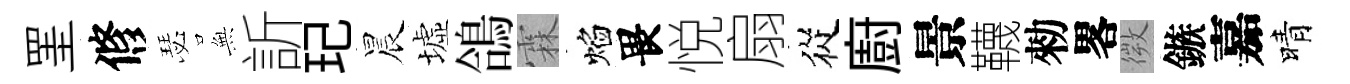
罣修瑟𭴾訢玘晨墟鴿霖焰畏悦扇從廚景韈勑畧微鏃嘉晴